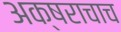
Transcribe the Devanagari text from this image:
अक्षराचाच